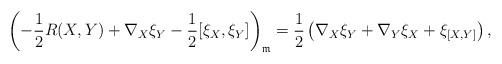
LaTeX: \begin{gather*}\left(-\frac{1}{2}R(X,Y)+\nabla_X\xi_Y-\frac{1}{2}[\xi_X,\xi_Y]\right)_{\mathfrak{m}}=\frac{1}{2}\left( \nabla_X\xi_Y+\nabla_Y\xi_X+\xi_{[X,Y]} \right),\end{gather*}